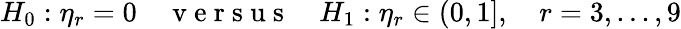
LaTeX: \begin{array}{r}{H_{0}:\eta_{r}=0\quad\mathrm{~v~e~r~s~u~s~}\quad H_{1}:\eta_{r}\in(0,1],\quad r=3,...,9}\end{array}